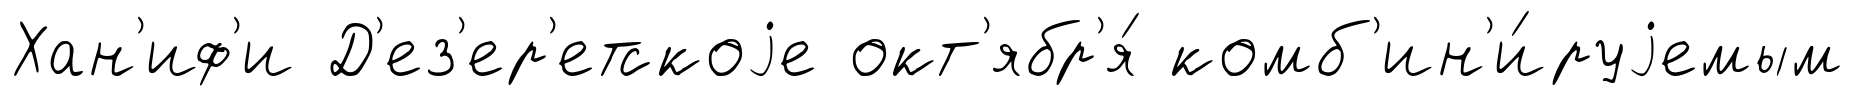
Хан'иф'и Д'ез'ер'етскоjе окт'ябр'я́ комб'ин'и́руjемым